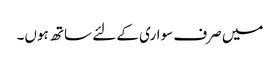
میں صرف سواری کے لئے ساتھ ہوں۔